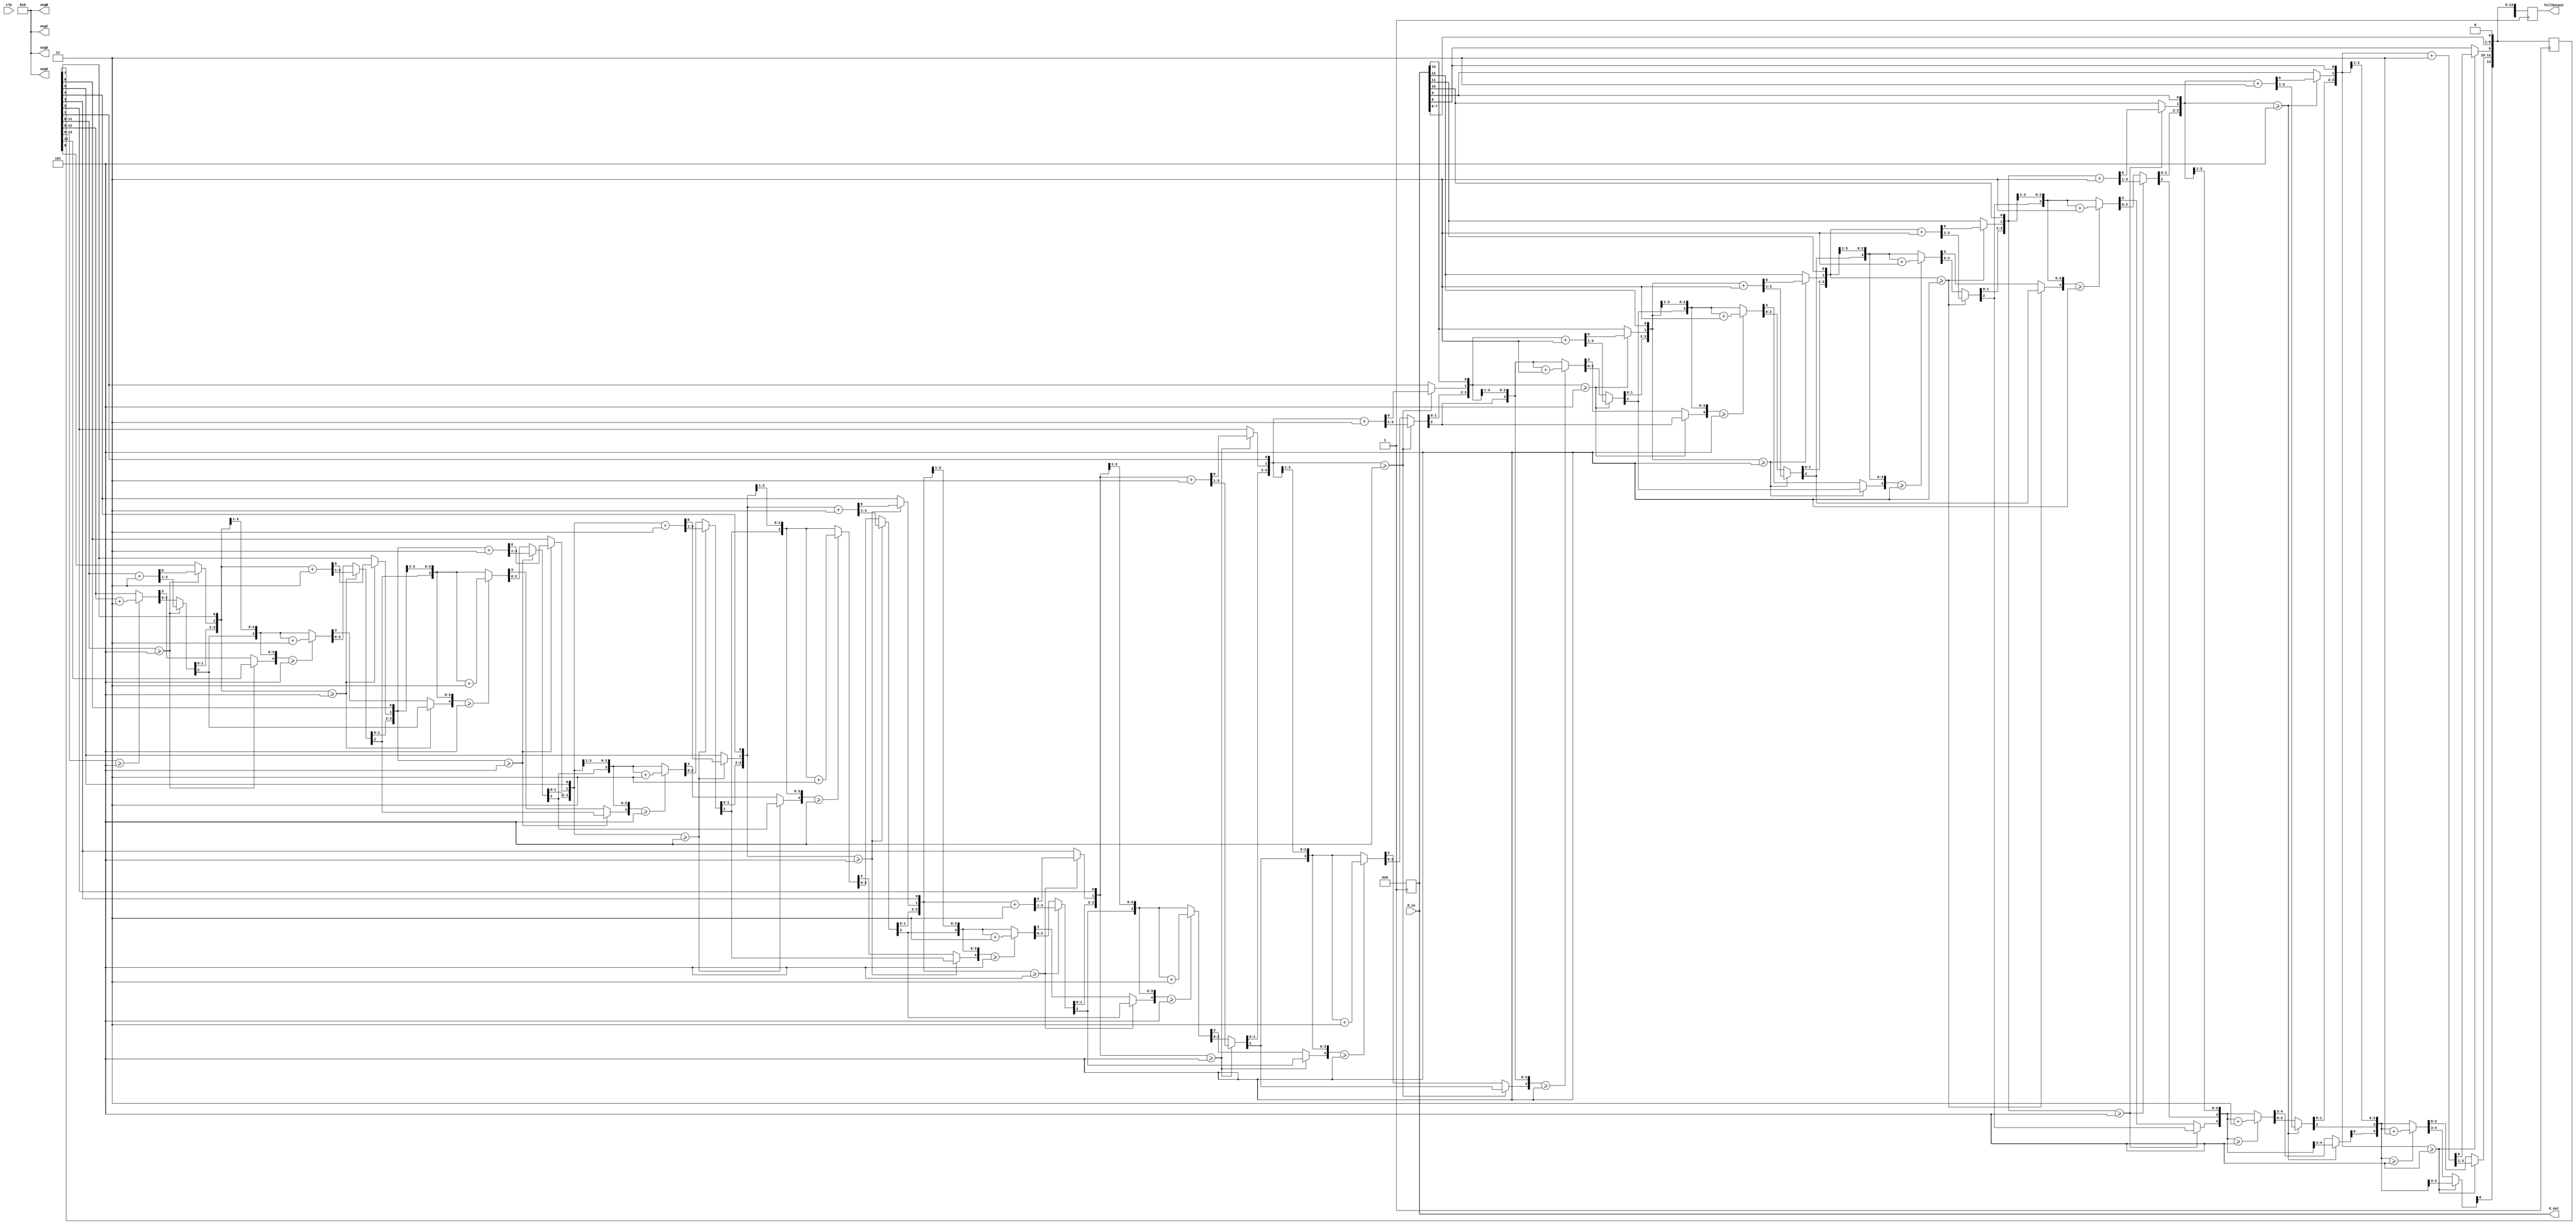
module bin2sevenSeg (
	input wire clk,
	input wire [13:0] d_in, //14 bits is sufficient to store 9,999
	output reg [15:0] fullOutput, //all four segments together
	output reg [3:0] segA, 
	output reg [3:0] segB, 
	output reg [3:0] segC, 
	output reg [3:0] segD,
	output reg [13:0] d_out
);

reg [13:0] d_inCopy;
reg [15:0] fullOutputCopy;
reg copyDone;

//clear the output
initial begin
	fullOutput = 0;
	segA = 0;
	segB = 0;
	segC = 0;
	segD = 0;
	d_inCopy = 0;
end

integer i;
//shift 14 times, at any point, check to see if portions are greater than 4, if so, add3
// we only want to perform this operation when d_in changes
always @(d_in)
	begin
		// copy d_in to a reg for manipulation
		for(i=0;i<14;i=i+1)
			begin
				d_inCopy[i] = d_in[i];
			end
		d_out = d_inCopy;
		copyDone = 1'b1;
	end

always @(posedge copyDone)
	begin
		for(i=0;i<14;i=i+1)
			begin
				//Check to see if any of the digits are greater than 4, if so increment by 3
				//This fixes the fact that 5 shifted left would cause errors in carrying (5<<1 =10).
				case (fullOutputCopy[3:0])
					4'b0000: fullOutputCopy[3:0] <= 4'b0000;  // 0 -> 0
					4'b0001: fullOutputCopy[3:0] <= 4'b0001;
					4'b0010: fullOutputCopy[3:0] <= 4'b0010;
					4'b0011: fullOutputCopy[3:0] <= 4'b0011; 
					4'b0100: fullOutputCopy[3:0] <= 4'b0100;  // 4 -> 4
					4'b0101: fullOutputCopy[3:0] <= 4'b1000;  // 5 -> 8
					4'b0110: fullOutputCopy[3:0] <= 4'b1001;  
					4'b0111: fullOutputCopy[3:0] <= 4'b1010;
					4'b1000: fullOutputCopy[3:0] <= 4'b1011;
					4'b1001: fullOutputCopy[3:0] <= 4'b1100;  // 9 -> 12
					default: fullOutputCopy[3:0] <= 4'b0000;
				endcase
				case (fullOutputCopy[7:4])
					4'b0000: fullOutputCopy[7:4] <= 4'b0000;  // 0 -> 0
					4'b0001: fullOutputCopy[7:4] <= 4'b0001;
					4'b0010: fullOutputCopy[7:4] <= 4'b0010;
					4'b0011: fullOutputCopy[7:4] <= 4'b0011; 
					4'b0100: fullOutputCopy[7:4] <= 4'b0100;  // 4 -> 4
					4'b0101: fullOutputCopy[7:4] <= 4'b1000;  // 5 -> 8
					4'b0110: fullOutputCopy[7:4] <= 4'b1001;  
					4'b0111: fullOutputCopy[7:4] <= 4'b1010;
					4'b1000: fullOutputCopy[7:4] <= 4'b1011;
					4'b1001: fullOutputCopy[7:4] <= 4'b1100;  // 9 -> 12
					default: fullOutputCopy[7:4] <= 4'b0000;
				endcase
				if (fullOutputCopy[11:8] >= 4'd5) //hundreds
					begin
						fullOutputCopy[11:8] = fullOutputCopy[11:8] + 2'b11;
					end
				else if (fullOutputCopy[13:9] >= 4'd5) //thousands
					begin
						fullOutputCopy[13:9] = fullOutputCopy[13:9] + 2'b11;
					end
				fullOutputCopy[0] = d_out[13];
				d_out = d_out << 1;
				fullOutputCopy = fullOutputCopy << 1;
			end
		fullOutput = fullOutputCopy;
		copyDone = 1'b0;
	end
 
endmodule